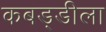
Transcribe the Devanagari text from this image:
कबड्डीला